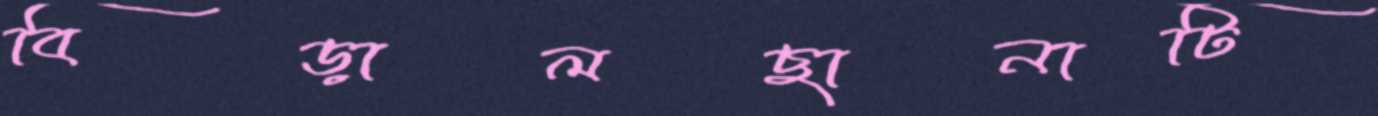
বিড়ালছানাটি